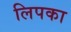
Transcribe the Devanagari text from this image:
लिपका